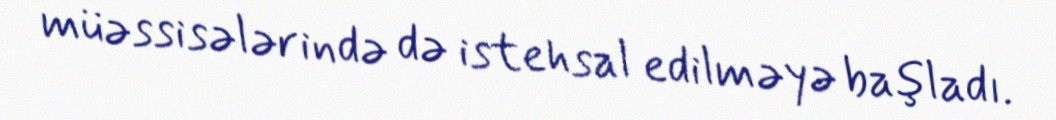
müəssisələrində də istehsal edilməyə başladı.